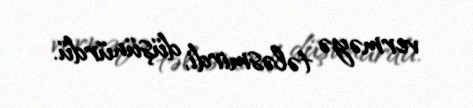
verməyə tələsmirdi, düşünürdü.